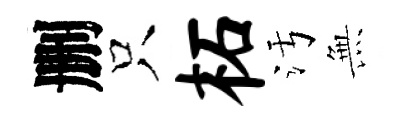
删只柘污𭴾